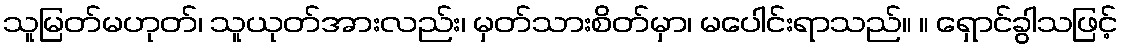
သူမြတ်မဟုတ်၊ သူယုတ်အားလည်း၊ မှတ်သားစိတ်မှာ၊ မပေါင်းရာသည်။ ။ ရှောင်ခွါသဖြင့်